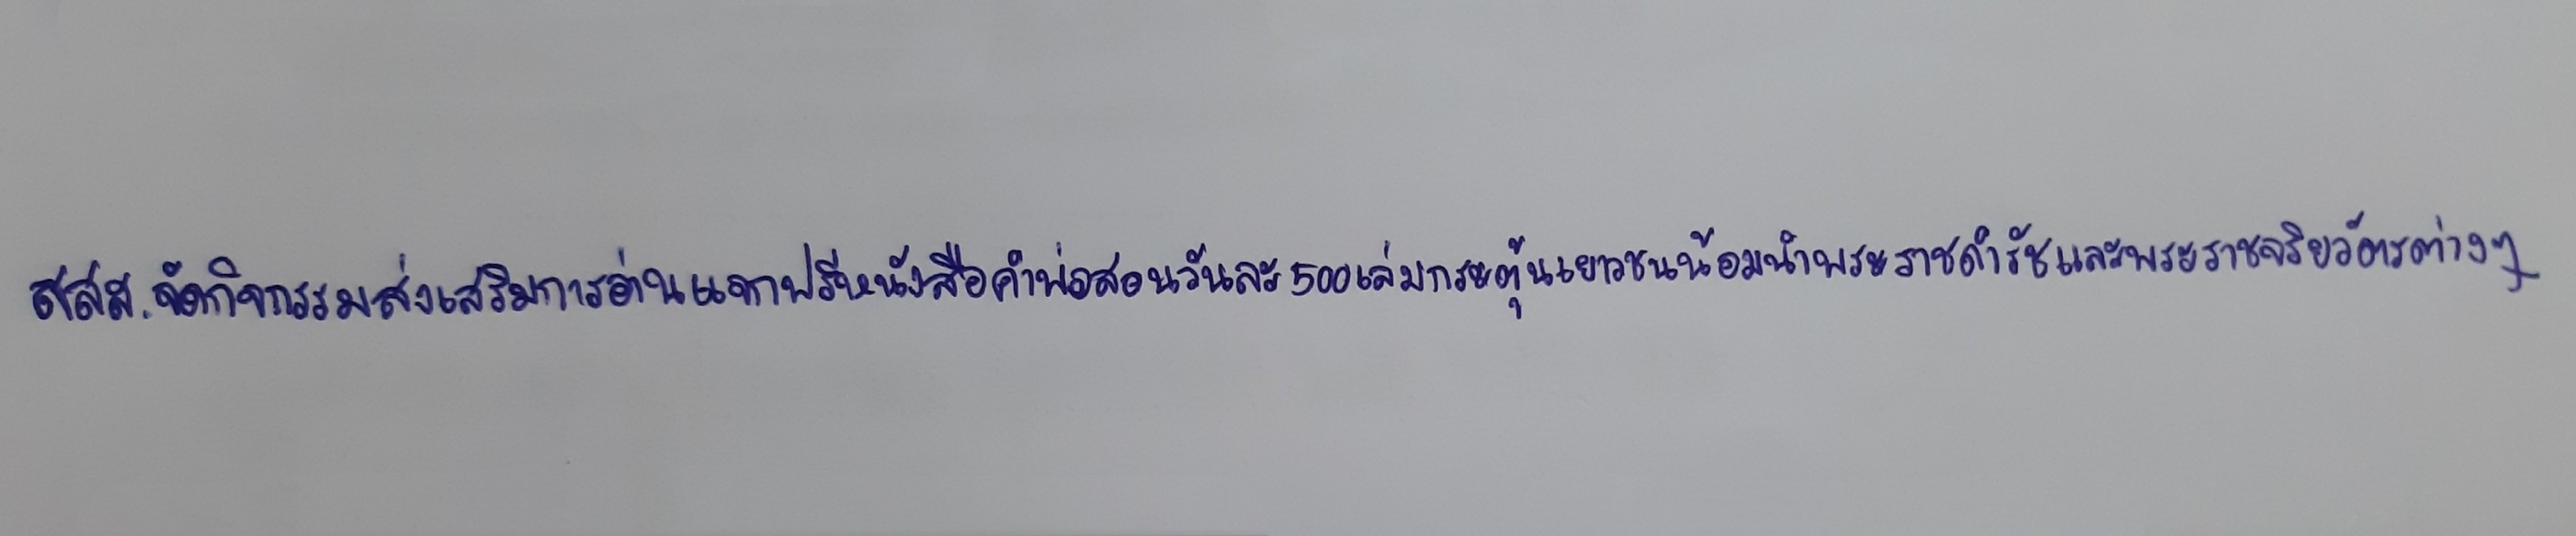
สสส.จัดกิจกรรมส่งเสริมการอ่านแจกฟรีหนังสือคำพ่อสอนวันละ500เล่มกระตุ้นเยาวชนน้อมนำพระราชดำรัสและพระราชจริยวัตรต่างๆ